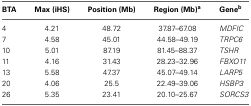
<table><thead><tr><td><b>BTA</b></td><td><b>Max (iHS)</b></td><td><b>Position (Mb)</b></td><td><b>Region (Mb)<sup>a</sup></b></td><td><b>Gene<sup>b</sup></b></td></tr></thead><tbody><tr><td>4</td><td>4.21</td><td>48.72</td><td>37.87–67.08</td><td><i>MDFIC</i></td></tr><tr><td>7</td><td>4.58</td><td>45.01</td><td>44.58–49.19</td><td><i>TRPC6</i></td></tr><tr><td>10</td><td>5.01</td><td>87.19</td><td>81.45–88.37</td><td><i>TSHR</i></td></tr><tr><td>11</td><td>4.16</td><td>31.43</td><td>28.23–32.96</td><td><i>FBXO11</i></td></tr><tr><td>13</td><td>5.58</td><td>47.37</td><td>45.07–49.14</td><td><i>LARP5</i></td></tr><tr><td>20</td><td>4.06</td><td>25.5</td><td>22.49–39.06</td><td><i>HSBP3</i></td></tr><tr><td>26</td><td>5.35</td><td>23.41</td><td>20.10–25.67</td><td><i>SORCS3</i></td></tr></tbody></table>